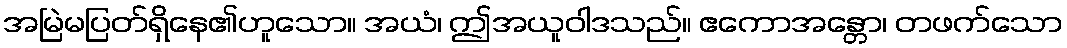
အမြဲမပြတ်ရှိနေ၏ဟူသော။ အယံ၊ ဤအယူဝါဒသည်။ ဧကောအန္တော၊ တဖက်သော